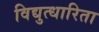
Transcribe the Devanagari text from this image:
विद्युत्धारिता